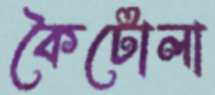
কৈটোলা